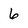
Character: 6